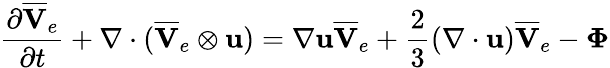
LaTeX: \frac{\partial\overline{{\mathbf{V}}}_{e}}{\partial t}+\nabla\cdot(\overline{{\mathbf{V}}}_{e}\otimes\mathbf{u})=\nabla\mathbf{u}\overline{{\mathbf{V}}}_{e}+\frac{2}{3}(\nabla\cdot{\mathbf{u}})\overline{{\mathbf{V}}}_{e}-\boldsymbol\Phi